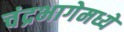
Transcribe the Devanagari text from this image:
चंद्रभागेमध्ये